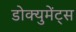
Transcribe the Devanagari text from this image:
डोक्युमेंट्स